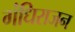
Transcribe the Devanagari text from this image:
गंधिराजन